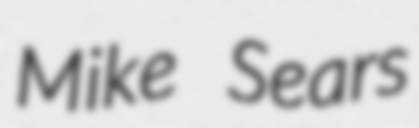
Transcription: Mike Sears